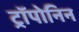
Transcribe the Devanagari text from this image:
ट्रॉपोनिन